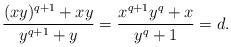
LaTeX: \begin{align*}\frac{(xy)^{q+1} + xy}{y^{q+1} + y} = \frac{x^{q+1}y^q + x}{y^{q} + 1} = d.\end{align*}